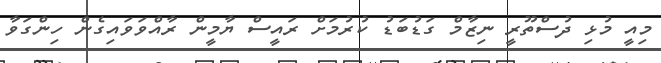
މިއީ މުޅި ދުސްތޫރީ ނިޒާމް ގަޑުބަޑު ކުރުމަށް ރައީސް ޔާމީން ރާއްވަވައިގެން ހިންގަވާ